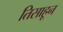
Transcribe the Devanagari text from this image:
तिसाहून